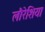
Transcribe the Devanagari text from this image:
लौरेशिया